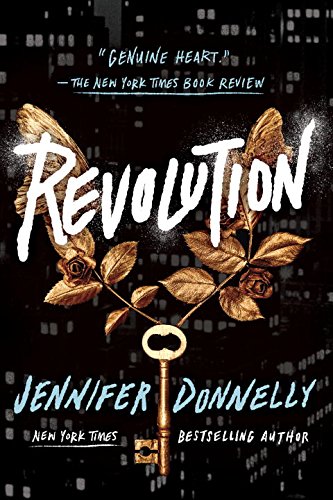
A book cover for Revolution; Jennifer Donnelly; Teen & Young Adult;